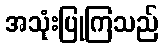
အသုံးပြုကြသည်